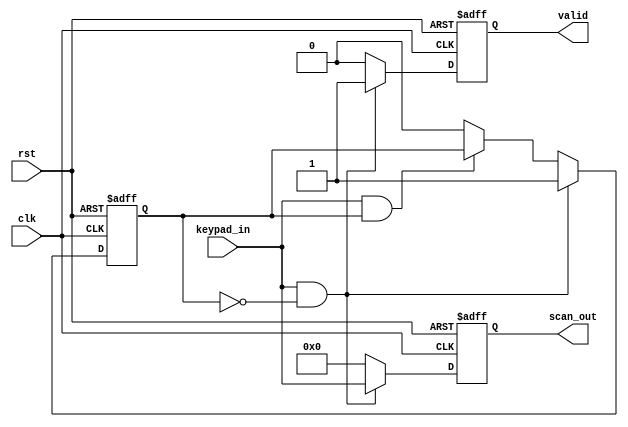
module keypad_scan(
input rst, clk,
input [11:0] keypad_in,
output reg [11:0] scan_out = 0,
output reg valid = 0);

reg en;

always @(posedge clk or negedge rst) begin
	if (~rst) begin		//active-low reset
		en <= 0;
		scan_out <= 0;
		valid <= 0;
	end
	else begin
		if (keypad_in && ~en) begin	//if keypad input occurred, generate output and valid signal
			scan_out <= keypad_in;
			valid <= 1'b1;
			en <= 1'b1;
		end
		else if (keypad_in && en) begin	//after 1 clock passed, make valid signel to 0
			valid <= 0;
			scan_out <= 0;
		end
		else begin		//when keypad input disappear, return to initial condition
			en <= 0;
			valid <= 0;
			scan_out <= 0;
		end
	end

end

endmodule